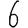
Digit: 6